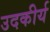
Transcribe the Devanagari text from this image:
उदकीर्य